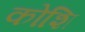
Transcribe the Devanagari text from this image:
कोशि